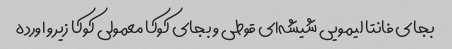
بجای فانتا لیمویی شیشه‌ای قوطی و بجای کوکا معمولی کوکا زیرو اورده